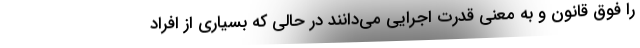
را فوق قانون و به معنی قدرت اجرایی می‌دانند در حالی که بسیاری از افراد